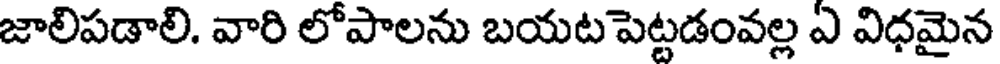
జాలిపడాలి. వారి లోపాలను బయట పెట్టడంవల్ల ఏ విధమైన